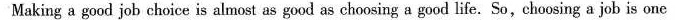
Making a good job choice is almost as good as choosing a good life. So,choosing a job is one